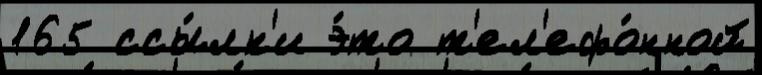
165 ссы́лк'и э́то т'ел'ефо́нной